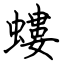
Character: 螻